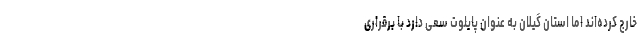
خارج کرده‌اند اما استان گیلان به عنوان پایلوت سعی دارد با برقراری